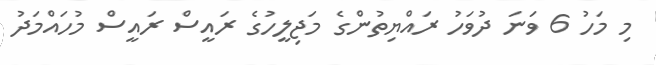
މި މަހު 6 ވަނަ ދުވަހު ރައްޔިތުންގެ މަޖިލީހުގެ ރައީސް ރައީސް މުހައްމަދު